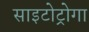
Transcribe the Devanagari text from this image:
साइटोट्रोगा